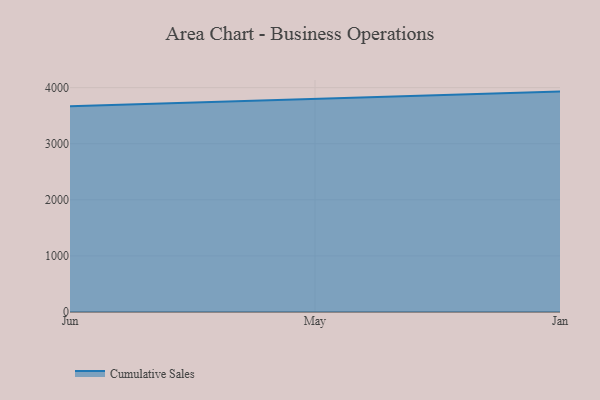
{"axis": {"x": "Month", "y": "Page Views"}, "legend": ["Cumulative Sales"], "data": [{"x": "Jun", "y": 3668.9, "type": "Cumulative Sales"}, {"x": "May", "y": 3800.6, "type": "Cumulative Sales"}, {"x": "Jan", "y": 3929.4, "type": "Cumulative Sales"}]}